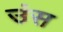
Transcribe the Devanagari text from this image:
उंस